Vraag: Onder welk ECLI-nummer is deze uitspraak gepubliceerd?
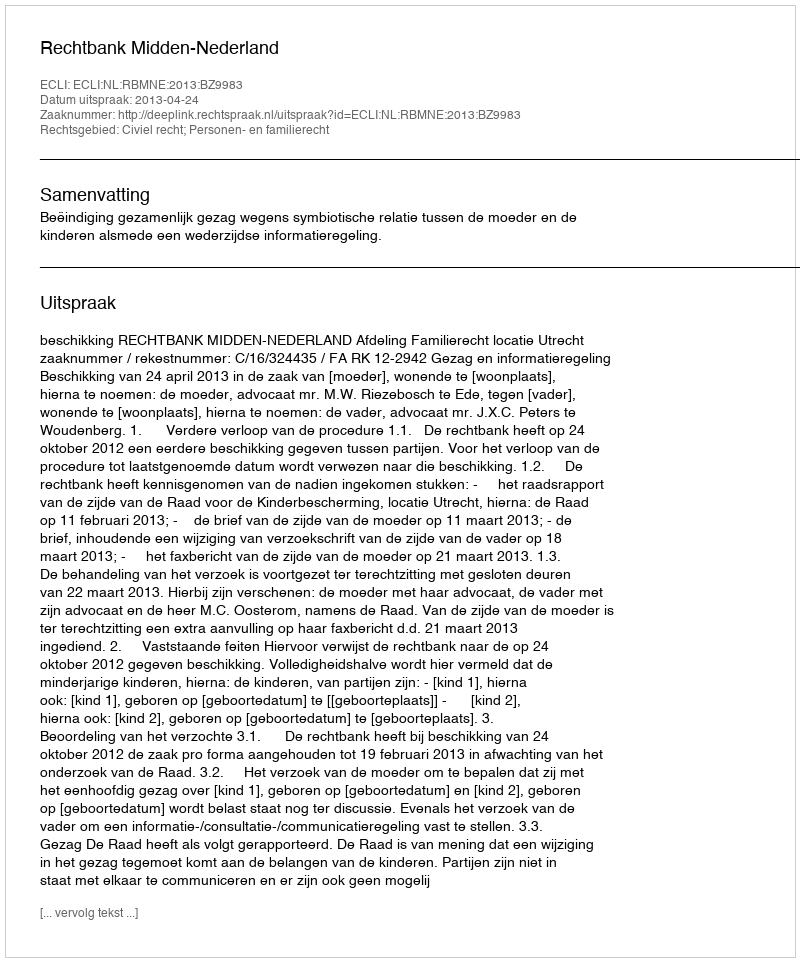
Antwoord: ECLI:NL:RBMNE:2013:BZ9983